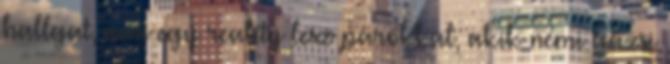
hallgat, ami egy reality lesz párokkal, akik némi gázsi